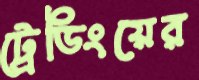
ট্রেডিংয়ের